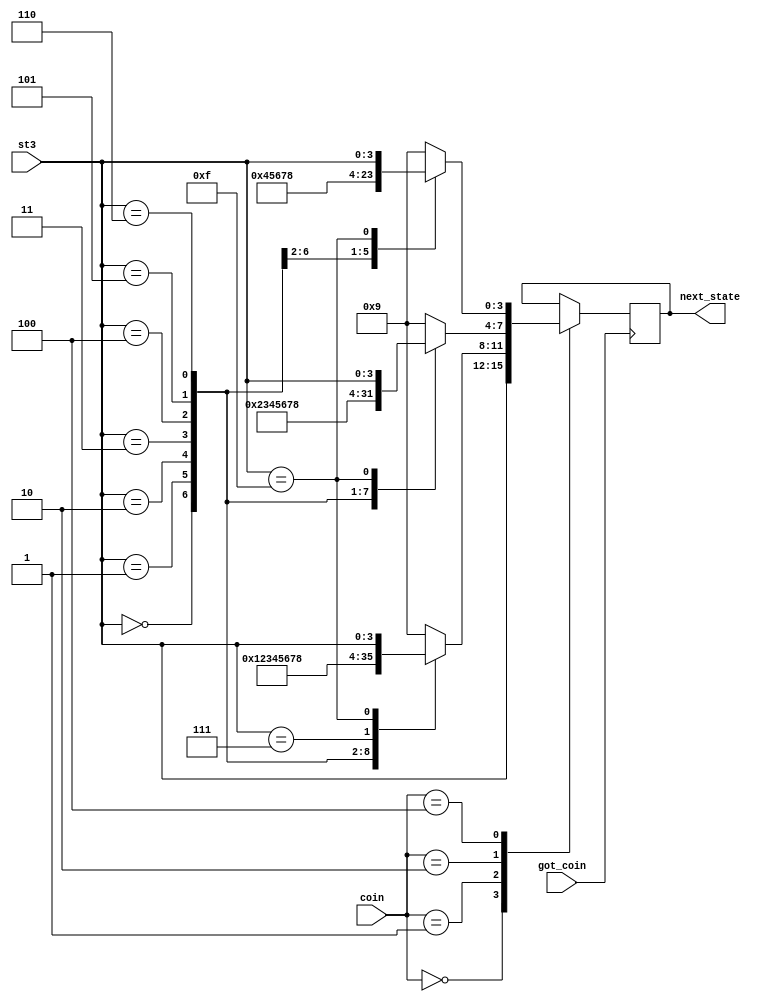

module get_next_state(coin, got_coin, st3, next_state);
	input got_coin;
	input [2:0] coin;
	input [3:0] st3;
	output reg [3:0] next_state;
	
	parameter 
	penny0 = 4'b0000,
	penny0_25 = 4'b0001 ,
	penny0_50 = 4'b0010,
	penny0_75 = 4'b0011,
	penny1 = 4'b0100,
	penny1_25 = 4'b0101,
	penny1_50 = 4'b0110,
	penny1_75 = 4'b0111,
	penny2 = 4'b1000,
	penny_invalid = 4'b1001,
	wait_pulse_down = 4'b1111;
	
	parameter penny_of_25 = 1, penny_of_50 = 2, penny_of_1 = 4;

	initial next_state = 0;
	
	always@(posedge got_coin) begin
	
		case(coin) 
		
			penny0: next_state = st3;
			
			penny_of_25: begin
			
				case(st3) 
					
					penny0: next_state = penny0_25;
					penny0_25: next_state = penny0_50;
					penny0_50: next_state = penny0_75;
					penny0_75: next_state = penny1;
					penny1: next_state = penny1_25;
					penny1_25:  next_state = penny1_50;
					penny1_50:  next_state = penny1_75;
					penny1_75: next_state = penny2;
					wait_pulse_down: next_state = st3;
					default: next_state = penny_invalid;
					
				endcase
			end
			
			penny_of_50: begin
			
				case(st3) 
					
					penny0: next_state = penny0_50;
					penny0_25: next_state = penny0_75;
					penny0_50: next_state = penny1;
					penny0_75: next_state = penny1_25;
					penny1: next_state = penny1_50;
					penny1_25:  next_state = penny1_75;
					penny1_50:  next_state = penny2;
					wait_pulse_down: next_state = st3;
					default: next_state = penny_invalid;
					
				endcase
			end
			
			penny_of_1: begin
			
				case(st3) 
					
					penny0: next_state = penny1;
					penny0_25: next_state = penny1_25;
					penny0_50: next_state = penny1_50;
					penny0_75: next_state = penny1_75;
					penny1: next_state = penny2;
					wait_pulse_down: next_state = st3;
					default: next_state = penny_invalid;
					
				endcase
			end
			
			
			
		endcase
	end
endmodule